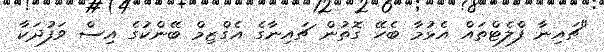
"ޗައިނާ ފްލެޓްތައް އެޅުމާ ބެހޭ ގޮތުން ޗައިނާގެ އެގްޒިމް ބޭންކުގެ އިސް ވަފުދަކާ